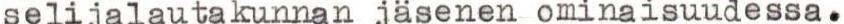
selijalautakunnan jäsenen ominaisuudessa.